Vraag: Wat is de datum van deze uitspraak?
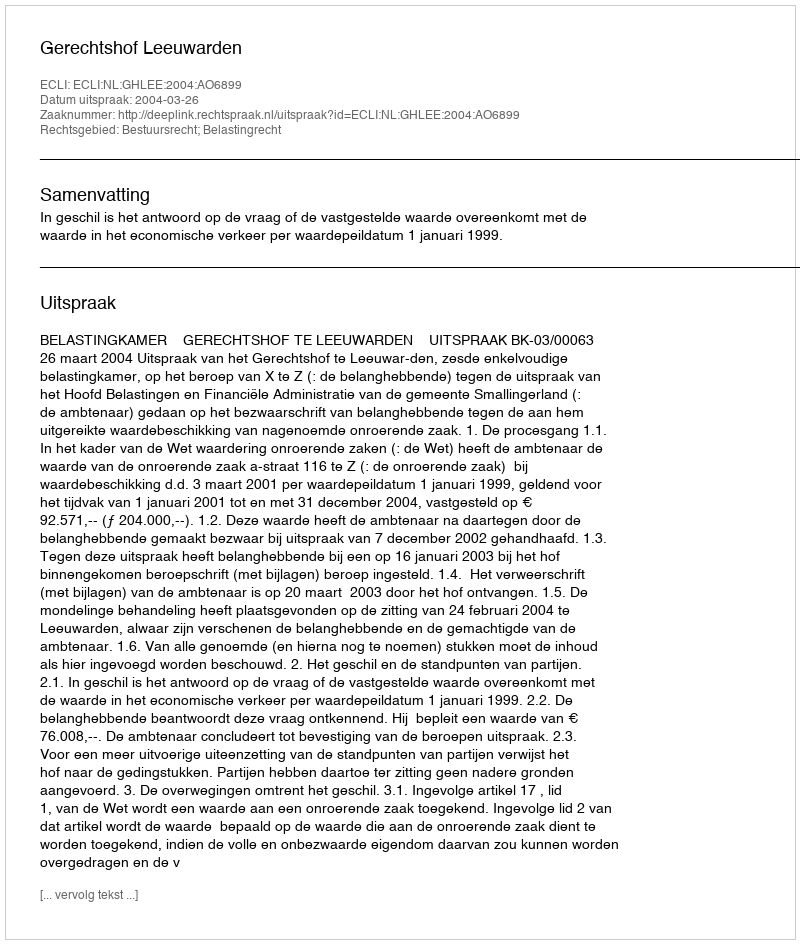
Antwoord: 2004-03-26